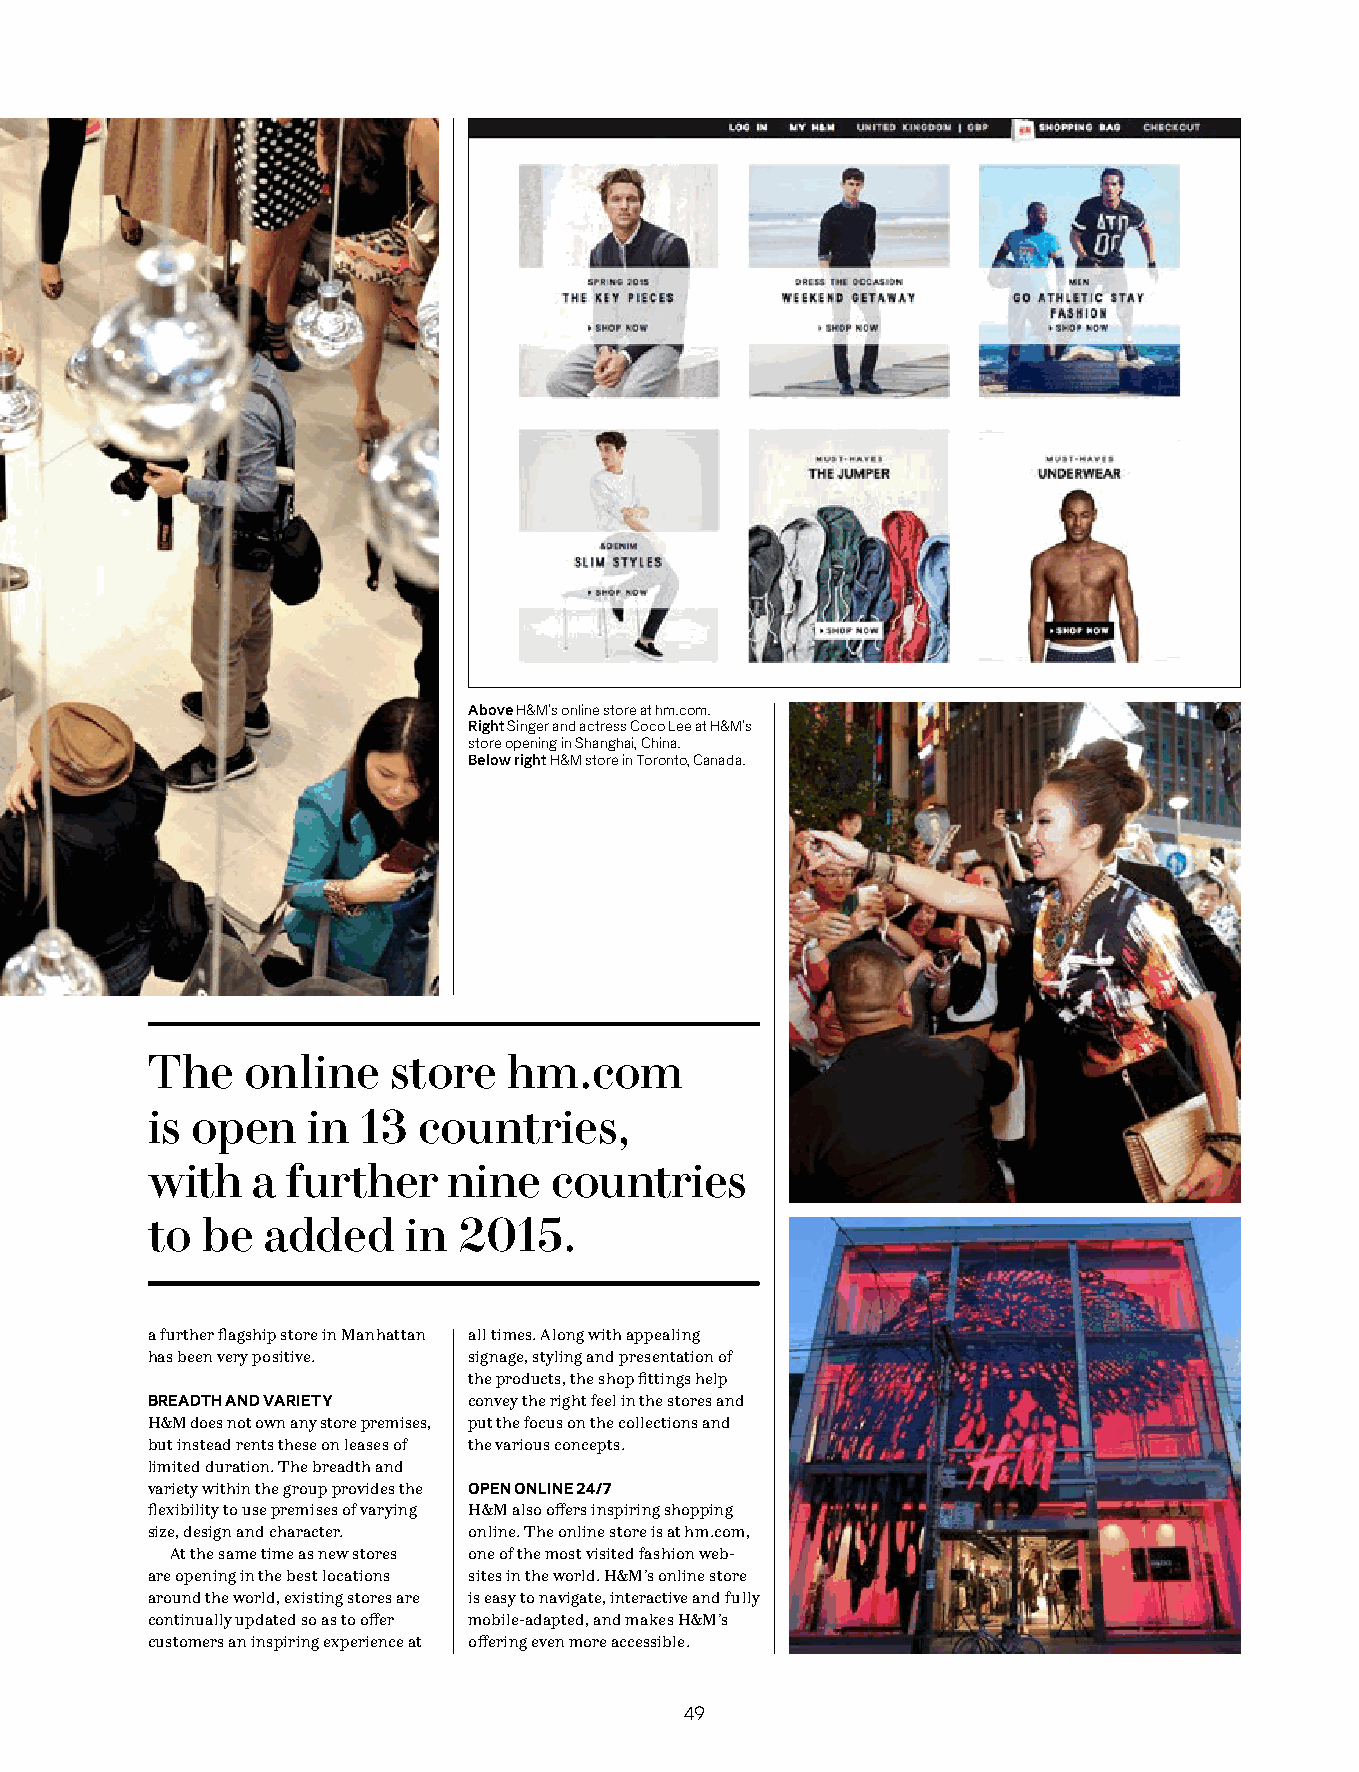
Above H&M’s online store at hm.com.
 Right Singer and actress Coco Lee at H&M’s
 store opening in Shanghai, China.
 Below right H&M store in Toronto, Canada.
 The   online    store   hm.com
 is open   in  13  countries,
 with   a further    nine  countries
 to be  added     in 2015.
 a further flagship store in Manhattan all times. Along with appealing
 has been very positive. signage, styling and presentation of
 the products, the shop fittings help
 BREADTH AND VARIETY  convey the right feel in the stores and
 H&M does not own any store premises, put the focus on the collections and
 but instead rents these on leases of the various concepts.
 limited duration. The breadth and
 variety within the group provides the OPEN ONLINE 24/7
 flexibility to use premises of varying H&M also offers inspiring shopping
 size, design and character. online. The online store is at hm.com,
 At the same time as new stores one of the most visited fashion web-
 are opening in the best locations sites in the world. H&M’s online store
 around the world, existing stores are is easy to navigate, interactive and fully
 continually updated so as to offer mobile-adapted, and makes H&M’s
 customers an inspiring experience at offering even more accessible.
 49